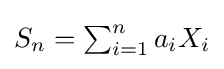
{\textstyle S_{n}=\sum _{i=1}^{n}a_{i}X_{i}}